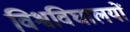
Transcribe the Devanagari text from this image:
विश्वविघालयों